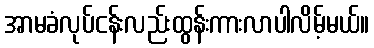
အာမခံလုပ်ငန်းလည်းထွန်းကားလာပါလိမ့်မယ်။